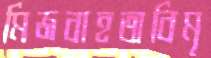
মিজবাহঅবিমৃ